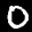
Label: 0